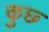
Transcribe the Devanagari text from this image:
कुछ्‍